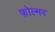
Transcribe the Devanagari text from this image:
फोल्मर